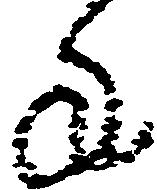
年